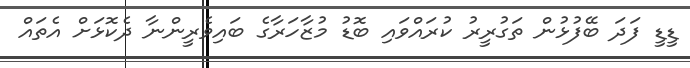
ޑީޑީ ފަދަ ބޭފުޅުން ތަގުރީރު ކުރައްވައި ބޮޑު މުޒާހަރާގެ ބައިވެރީންނާ ދެކޮޅަށް އެތައް